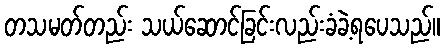
တသမတ်တည်း သယ်ဆောင်ခြင်းလည်းခံခဲ့ရပေသည်။